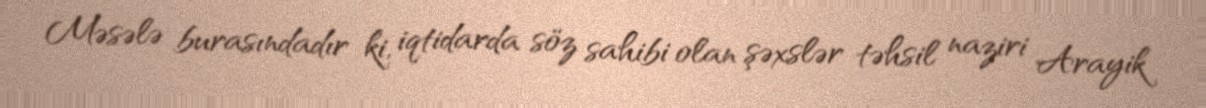
Məsələ burasındadır ki, iqtidarda söz sahibi olan şəxslər təhsil naziri Arayik